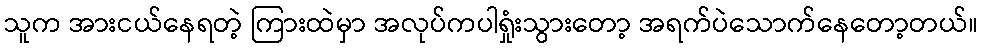
သူက အားငယ်နေရတဲ့ ကြားထဲမှာ အလုပ်ကပါရှုံးသွားတော့ အရက်ပဲသောက်နေတော့တယ်။